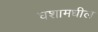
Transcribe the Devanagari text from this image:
घशामधील